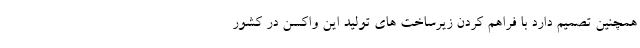
همچنین تصمیم دارد با فراهم کردن زیرساخت های تولید این واکسن در کشور